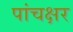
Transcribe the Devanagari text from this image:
पांचक्षर